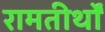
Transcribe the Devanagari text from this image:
रामतीर्थों